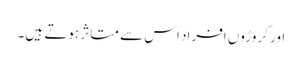
اور کروڑوں افراد اس سے متاثر ہوتے ہیں۔